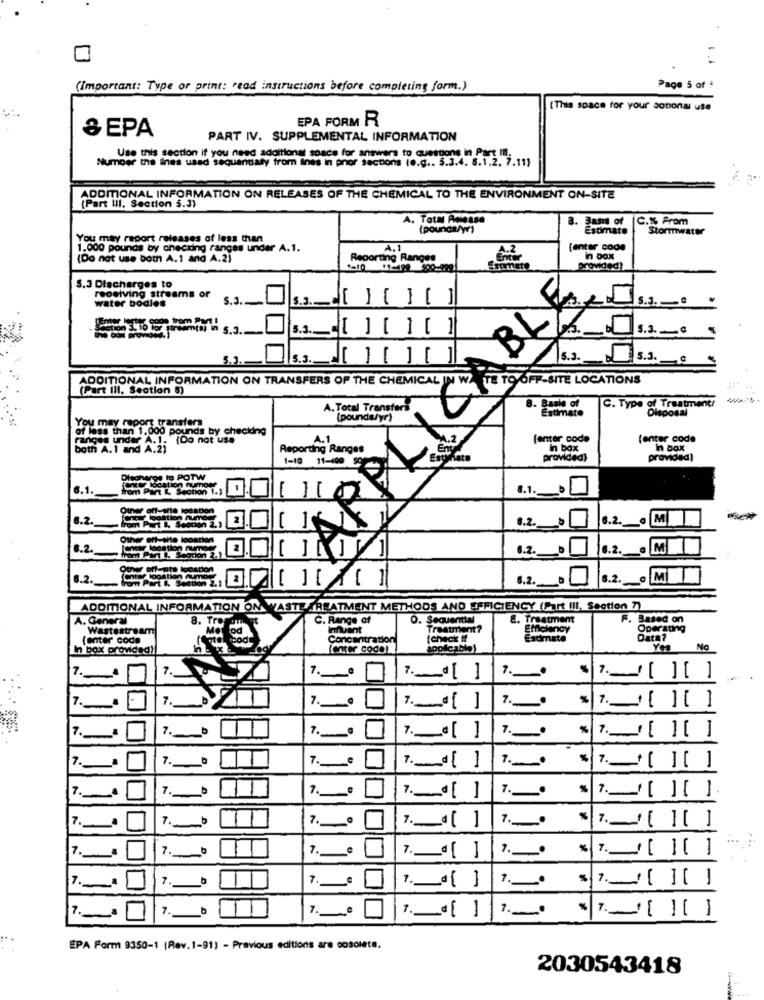
(Important: Type or print: read instructions before completing form.)
Page 5 of :
(This space for your sononai use
EPA FORM R
8 EPA
PART IV. SUPPLEMENTAL INFORMATION
Number the lines used sequentialy from lines in prior sections (e.g .. 5.3.4. 8.1.2. 7.11)
Use this section if you need additional space for answers to questions in Part Il.
ADDITIONAL INFORMATION ON RELEASES OF THE CHEMICAL TO THE ENVIRONMENT ON-SITE
(Part lil, Section 5.3)
A. Total Acease
a. 3um of
C.% From
(pounda/yr)
Estimate
Stormwater
You may report releases of less than
1.000 pounds by checking ranges under A.1.
A.1
A.2
[enter code
(Do not use both A.1 and A.2)
Reporting Ranges
Enter
-10 1-199 900-929
provided!
5.3 Discharges to
BLE
receiving streams or
S.3 ..
15.3.
] [ ]
S.3. 0
water bodies
5.3.
5.3.
5.3.
5.3. _ G
ADDITIONAL INFORMATION ON TRANSFERS OF THE CHEMICAL IN WA TE TO OFF-SITE LOCATIONS
(Part III. Section 5)
A. Total Transfers
8. Basis of
Estimate
C. Type of Treatment/
Disposal
You may report transfers
(poundaly")
of less than 1.000 pounds by checkdna
(Do not use
A.1
[enter code
(enter code
both A.1 and A.2i
inges under A.1: (
Reporting Ranges
in box
in box
provided)
provided)
1-10 11-100 59
Discharge to POTW
6.1.
from Part L Section 1.1
oxe location numone
8.1.
Other oft-alte igaation
6.2.
from Part I, Seodion 2,1
6.2.
6.2.
M
Other ent-site location
6.2.
enter location numost
6.2.
6.2.
rom Part I. Segcion 2.1
Other off-site location
6.2.
Cater logatien Auml
om Part I. Seddon 2.1
6.2. D
6.2.
C MI
ADDITIONAL INFORMATION OM WASTE TREATMENT METHODS AND EFFICIENCY (Part III. Section 7)
A. General
8.
C. Range of
O. Sequential
8. Treatment
F. Based on
Wastestream
Innuant
Treatment?
Efficiency
Operating
Inter code
Concentration
(check if
Estimate
Data?
In box provided !!
[enter code)
No
7.
7.
7.
7.
* 7. [ ] [ ]
7 ._ b
1.
7. [ ]7.
7.
7.0
7.
7. []
7 .__ b
7.
1
7 ._ [ ] 7. |7. [] [ ]
7.
7 ._ _
7.
7 .__ c
7. _ [ ] | 7. * / [ ] [ ]
7. ..
7.
7.
7.
7 ._ c
-
7.
7. b
7 .__ ª
EPA Form 9350-1 (Rev. 1-91) - Previous editions are cosolete.
2030543418